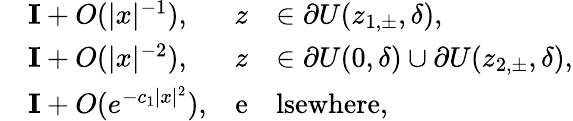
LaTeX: \begin{array}{rlrl}&{\mathbf{I}+O(|x|^{-1}),}&{z}&{\in\partial U(z_{1,\pm},\delta),}\\ &{\mathbf{I}+O(|x|^{-2}),}&{z}&{\in\partial U(0,\delta)\cup\partial U(z_{2,\pm},\delta),}\\ &{\mathbf{I}+O(e^{-c_{1}|x|^{2}}),}&{\mathrm{e}}&{\mathrm{lsewhere},}\end{array}